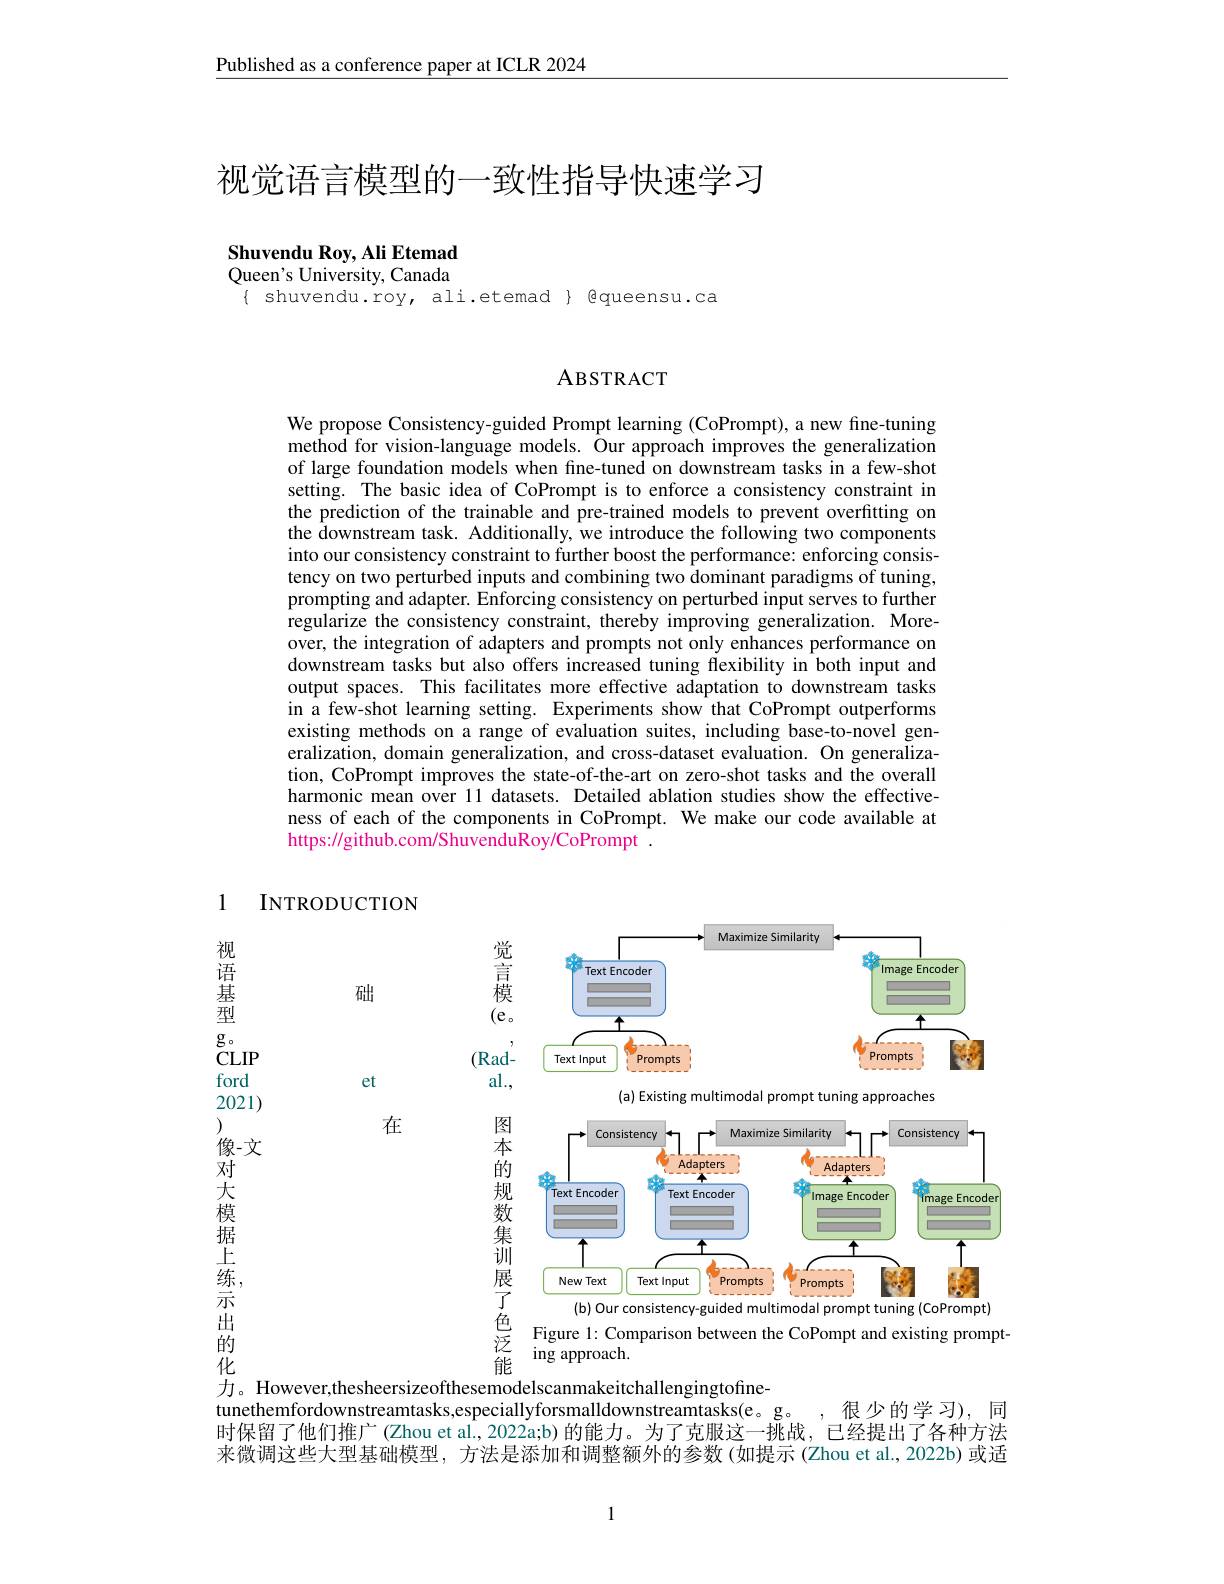
Published as a conference paper at ICLR 2024

# 视觉语言模型的一致性指导快速学习

Shuvendu Roy, Ali Etemad Queen's University, Canada $\{$ shuvendu.roy, ali.etemad $\}$ Qqueensu.ca

### ABSTRACT

We propose Consistency-guided Prompt learning (CoPrompt), a new fine-tuning method for vision-language models. Our approach improves the generalization of large foundation models when fine-tuned on downstream tasks in a few-shot setting. The basic idea of CoPrompt is to enforce a consistency constraint in the prediction of the trainable and pre-trained models to prevent overfitting on the downstream task. Additionally, we introduce the following two components into our consistency constraint to further boost the performance: enforcing consistency on two perturbed inputs and combining two dominant paradigms of tuning, prompting and adapter. Enforcing consistency on perturbed input serves to further regularize the consistency constraint, thereby improving generalization. Moreover, the integration of adapters and prompts not only enhances performance on downstream tasks but also offers increased tuning flexibility in both input and output spaces. This facilitates more effective adaptation to downstream tasks in a few-shot learning setting. Experiments show that CoPrompt outperforms existing methods on a range of evaluation suites, including base-to-novel generalization, domain generalization, and cross-dataset evaluation. On generalization, CoPrompt improves the state-of-the-art on zero-shot tasks and the overall harmonic mean over l1 datasets. Detailed ablation studies show the effectiveness of each of the components in CoPrompt. We make our code available at https://github.com/ShuvenduRoy/CoPrompt .

1 INTRODUCTION

视 语基

础

<FigureHere>
(a) Existing multimodal prompt tuning approaches

$g$。

$CLIP$

ford

et

2021)

在

图

<FigureHere>
(b) Our consistency-guided m

1像对大模据上练示出的化

$\operatorname{ing}$ approach

力。However,thesheersizeofthesemodelscanmakeitchallengingtofine-
tunethemfordownstreamtasks,especiallyforsmalldownstreamtasks(e。g。, 很少的学习), 同时保留了他们推广(Zhou et al., 2022a;b) 的能力。为了克服这一挑战，已经提出了各种方法来微调这些大型基础模型，方法是添加和调整额外的参数(如提示(Zhou et al., 2022b) 或适

1